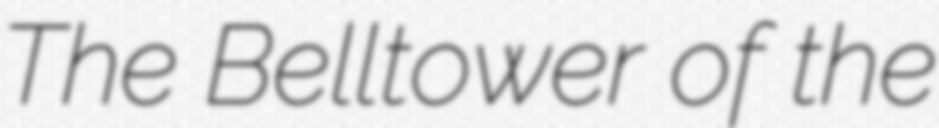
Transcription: The Belltower of the